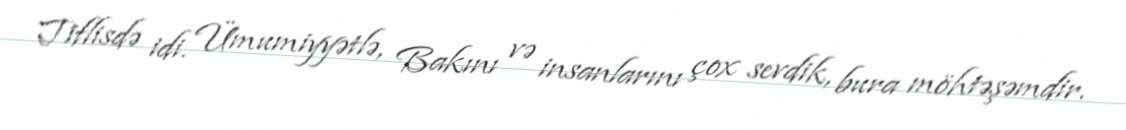
Tiflisdə idi. Ümumiyyətlə, Bakını və insanlarını çox sevdik, bura möhtəşəmdir.